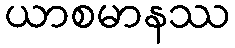
ယာစမာနဿ